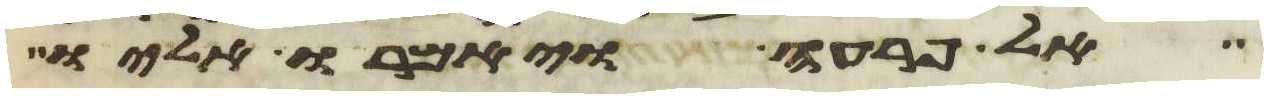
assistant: אל פרעה ויאמרו אליו